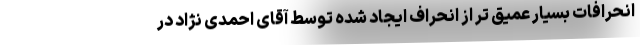
انحرافات بسیار عمیق تر از انحراف ایجاد شده توسط آقای احمدی نژاد در